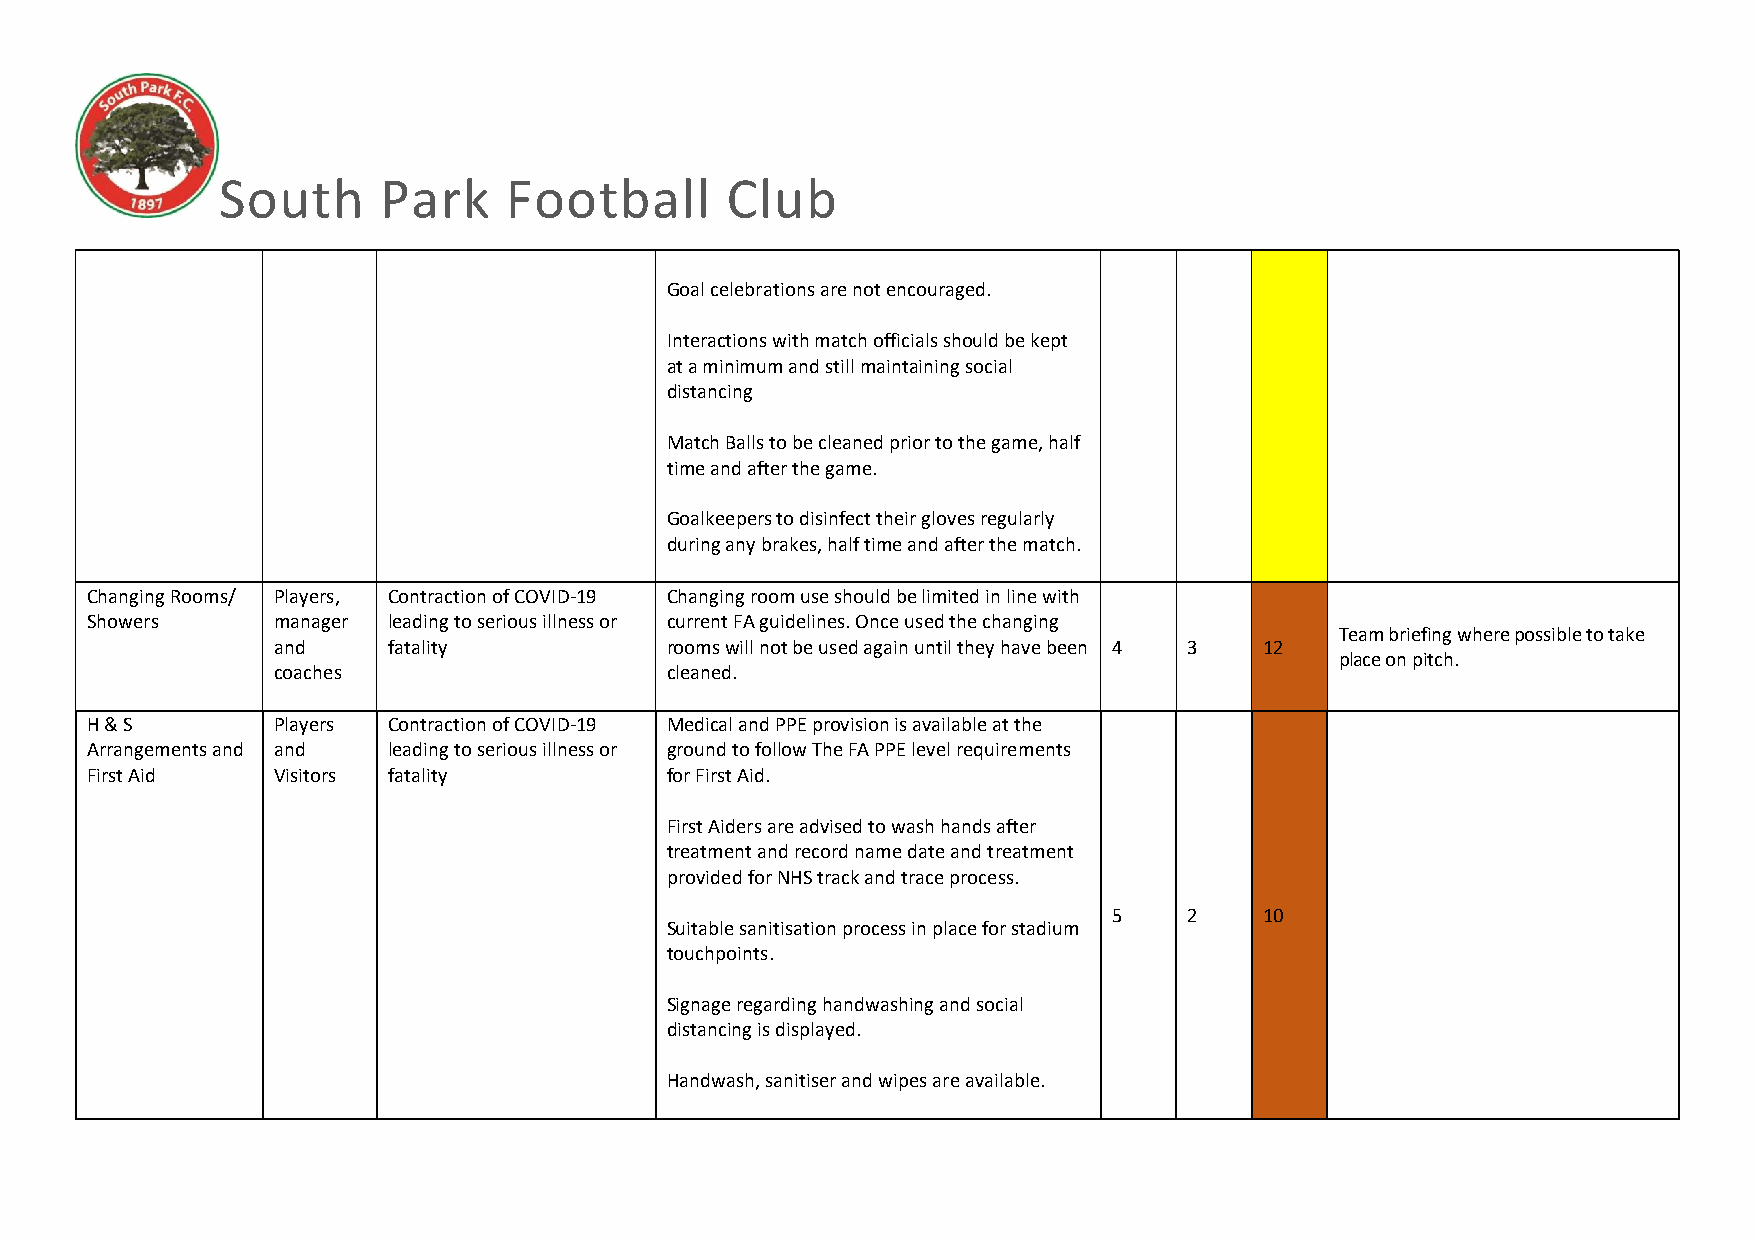
South      Park    Football       Club
 Goal celebrations are not encouraged.
 Interactions with match officials should be kept
 at a minimum and still maintaining social
 distancing
 Match Balls to be cleaned prior to the game, half
 time and after the game.
 Goalkeepers to disinfect their gloves regularly
 during any brakes, half time and after the match.
 Changing Rooms/ Players, Contraction of COVID-19 Changing room use should be limited in line with
 Showers     manager leading to serious illness or current FA guidelines. Once used the changing
 Team briefing where possible to take
 and     fatality          rooms will not be used again until they have been 4 3 12
 place on pitch.
 coaches                   cleaned.
 H & S       Players Contraction of COVID-19 Medical and PPE provision is available at the
 Arrangements and and leading to serious illness or ground to follow The FA PPE level requirements
 First Aid   Visitors fatality         for First Aid.
 First Aiders are advised to wash hands after
 treatment and record name date and treatment
 provided for NHS track and trace process.
 5    2    10
 Suitable sanitisation process in place for stadium
 touchpoints.
 Signage regarding handwashing and social
 distancing is displayed.
 Handwash, sanitiser and wipes are available.